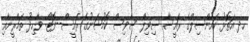
ހދ އަތޮޅު ކައުންސިލްގެ ރައީސާ ސިވިލް ސާވިސް ކޮމުޝަނުގެ ރައީސް--ފޮޓޯ: ވާހިދު ތަމްރީނާއި